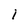
Character: I